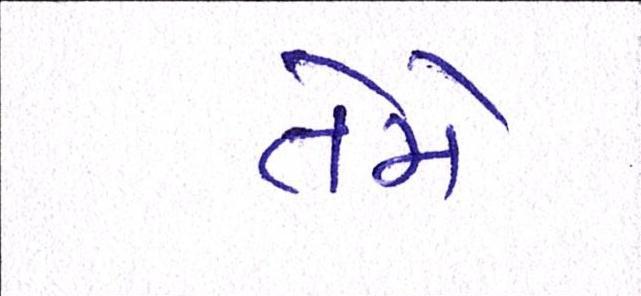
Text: તેમે